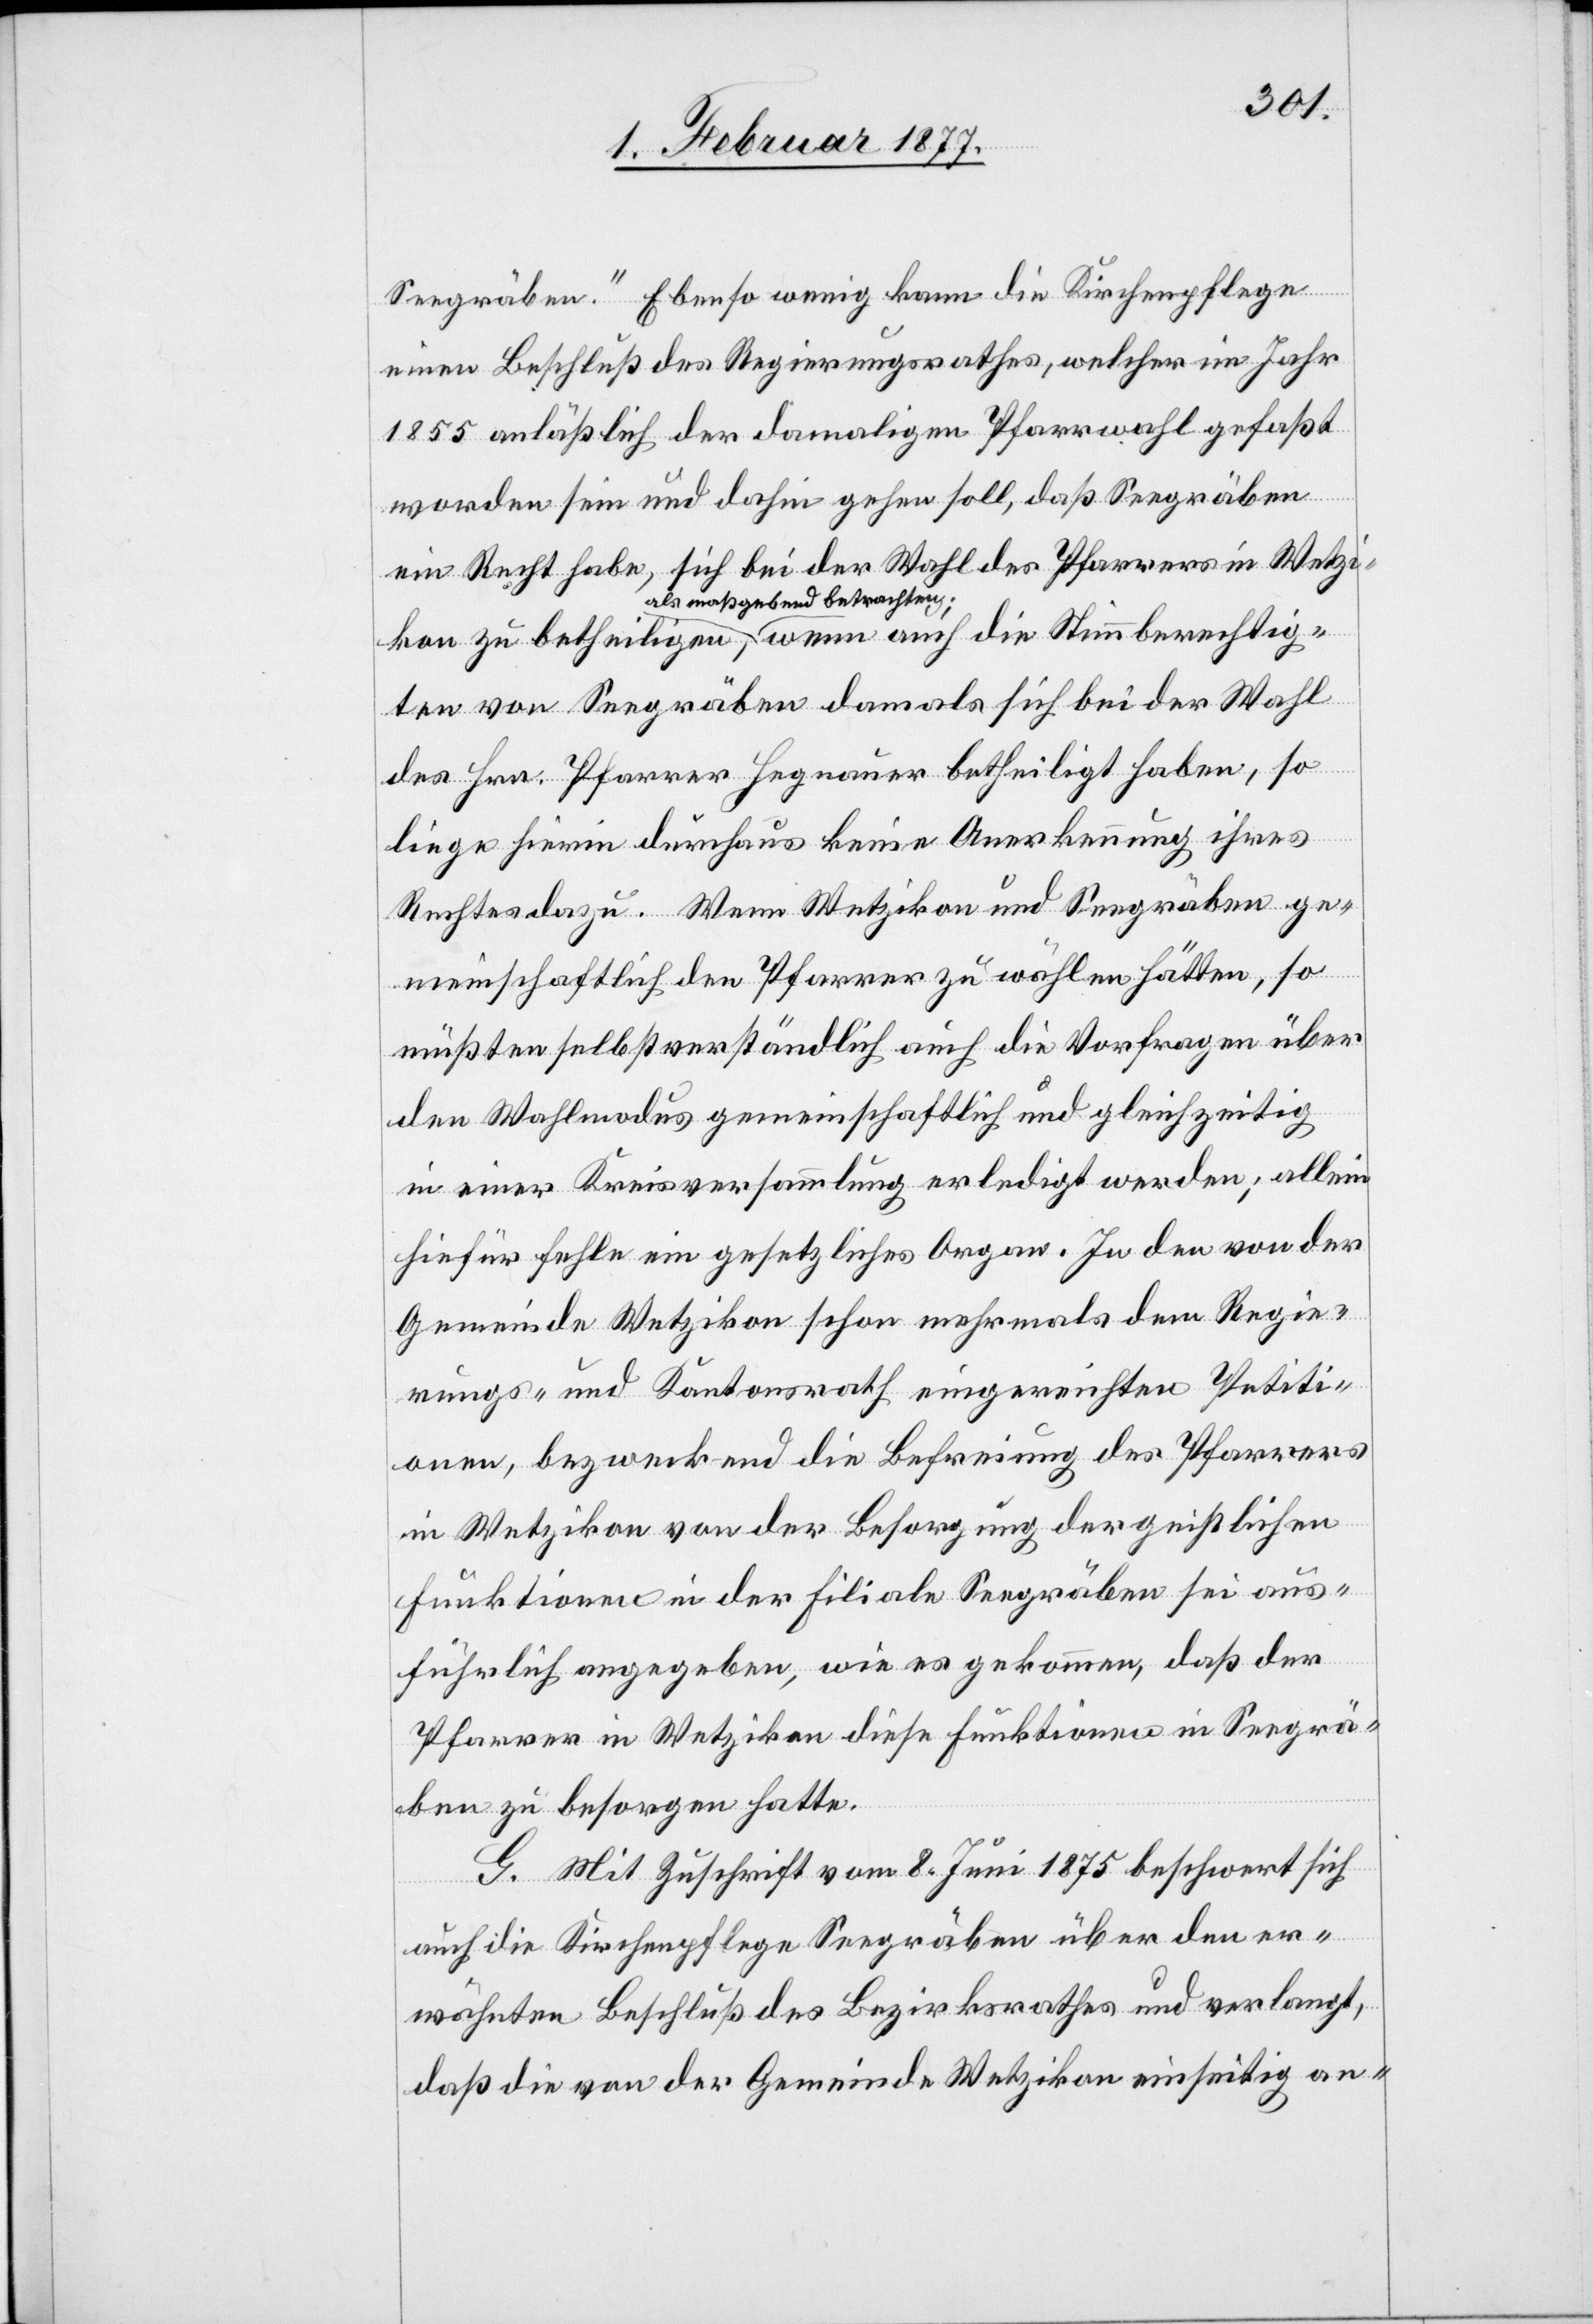
Seegräben.“ Ebenso wenig kann die Kirchenpflege
einen Beschluß des Regierungsrathes, welcher im Jahr
1855 anläßlich der damaligen Pfarrwahl gefaßt
worden seie und dahin gehen soll, daß Seegräben
ein Recht habe, sich bei der Wahl des Pfarrers in Wetzi¬
kon zu betheiligen, a-als maßgebend betrachten;-a wenn auch die Stimmberechtig¬
ten von Seegräben damals sich bei der Wahl
des Hrn. Pfarrer Hegnauer betheiligt haben, so
liege hierin durchaus keine Anerkennung ihres
Rechtes dazu. Wenn Wetzikon und Seegräben ge¬
meinschaftlich den Pfarrer zu wählen hätten, so
müßten selbstverständlich auch die Vorfragen über
den Wahlmodus gemeinschaftlich und gleichzeitig
in einer Kreisversammlung erledigt werden; allein
hiefür fehle ein gesetzliches Organ. In den von der
Gemeinde Wetzikon schon mehrmals dem Regie¬
rungs- und Kantonsrath eingereichten Petiti¬
onen, bezweckend die Befreiung des Pfarrers
in Wetzikon von der Besorgung der geistlichen
Funktionen in der Filiale Seegräben sei aus¬
führlich angegeben, wie es gekommen, daß der
Pfarrer in Wetzikon diese Funktionen in Seegrä¬
ben zu besorgen hatte.
G. Mit Zuschrift vom 8. Juni 1875 beschwert sich
auch die Kirchenpflege Seegräben über den er¬
wähnten Beschluß des Bezirksrathes und verlangt,
daß die von der Gemeinde Wetzikon einseitig an-